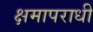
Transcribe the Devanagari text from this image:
क्षमापराधी